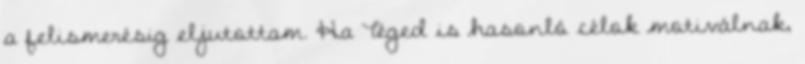
a felismerésig eljutottam. Ha Téged is hasonló célok motiválnak,